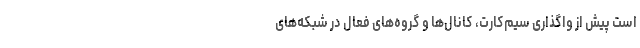
است پیش از واگذاری سیم‌کارت، کانال‌ها و گروه‌های فعال در شبکه‌های